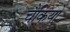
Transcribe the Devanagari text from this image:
चैकियों